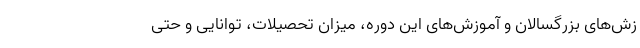
زش‌های بزرگسالان و آموزش‌های این دوره، میزان تحصیلات، توانایی و حتی